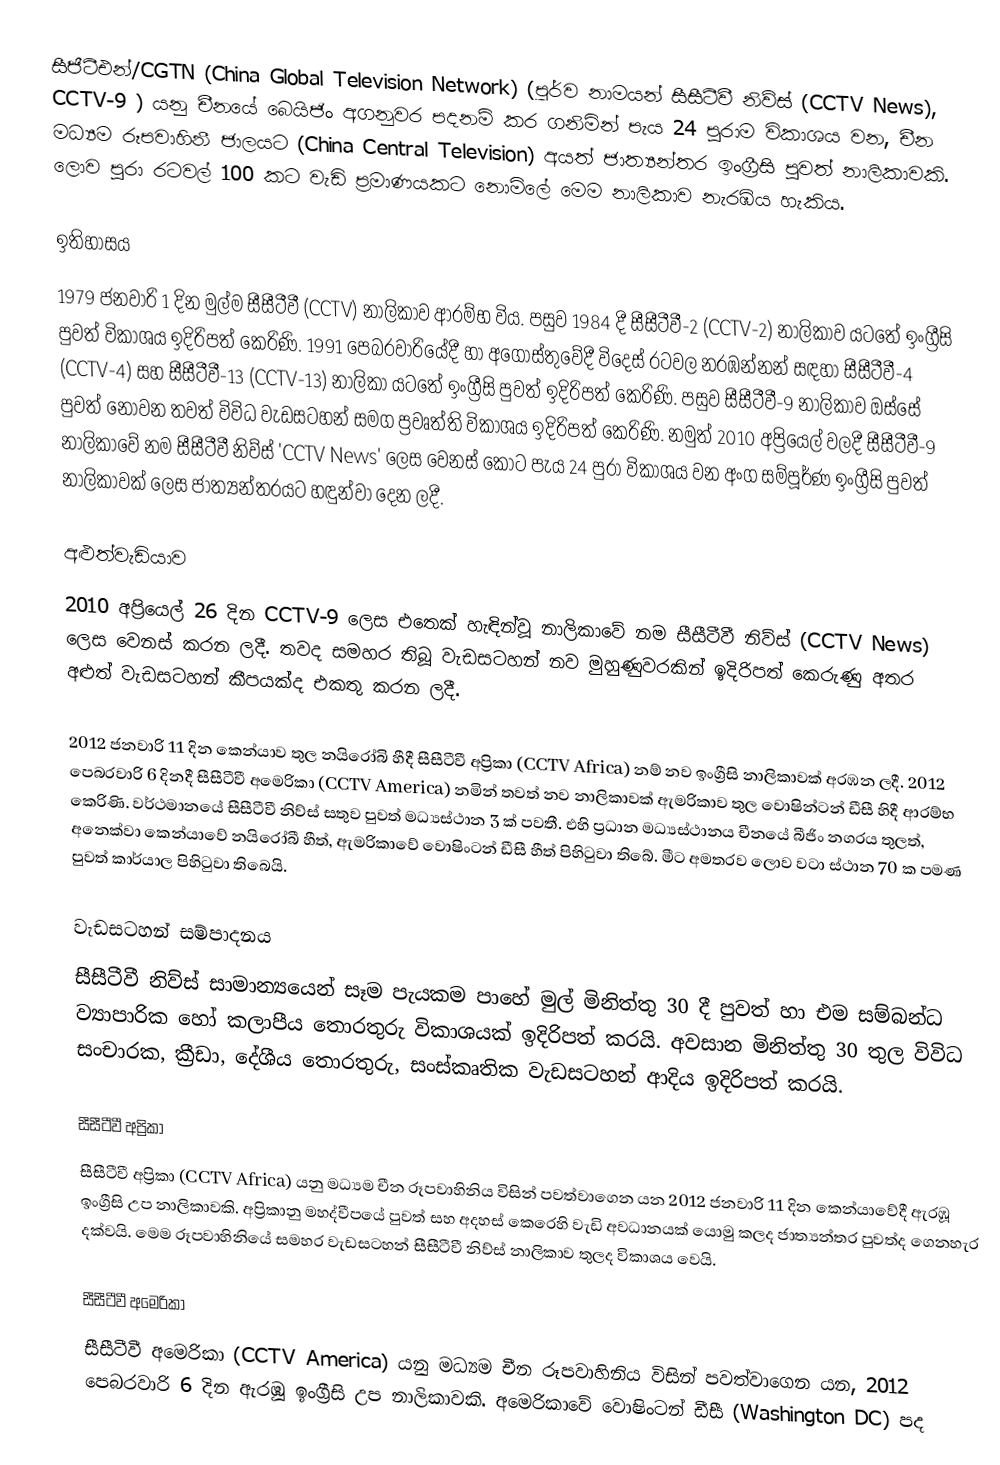
සීජීටීඑන්/CGTN (China Global Television Network) (පූර්ව නාමයන් සීසීටීවී නිව්ස් (CCTV News), CCTV-9 ) යනු චීනයේ බෙයිජිං අගනුවර පදනම් කර ගනිමින් පැය 24 පුරාම විකාශය වන, චීන මධ්‍යම රූපවාහිනී ජාලයට (China Central Television) අයත් ජාත්‍යන්තර ඉංග්‍රීසි පුවත් නාලිකාවකි. ලොව පුරා රටවල් 100 කට වැඩි ප්‍රමාණයකට නොමිලේ මෙම නාලිකාව නැරඹිය හැකිය.

ඉතිහාසය
1979 ජනවාරි 1 දින මුල්ම සීසීටීවී (CCTV) නාලිකාව ආරම්භ විය. පසුව 1984 දී සීසීටීවී-2  (CCTV-2) නාලිකාව යටතේ ඉංග්‍රීසි පුවත් විකාශය ඉදිරිපත් කෙරිණි. 1991 පෙබරවාරියේදී හා අගෝස්තුවේදී විදෙස් රටවල නරඹන්නන් සඳහා සීසීටීවී-4 (CCTV-4) සහ සීසීටීවී-13 (CCTV-13) නාලිකා යටතේ ඉංග්‍රීසි පුවත් ඉදිරිපත් කෙරිණි. පසුව සීසීටීවී-9 නාලිකාව ඔස්සේ පුවත් නොවන තවත් විවිධ වැඩසටහන් සමග ප්‍රවෘත්ති විකාශය ඉදිරිපත් කෙරිණි. නමුත් 2010 අප්‍රියෙල් වලදී සීසීටීවී-9 නාලිකාවේ නම සීසීටීවී නිව්ස් 'CCTV News' ලෙස වෙනස් කොට පැය 24 පුරා විකාශය වන අංග සම්පූර්ණ ඉංග්‍රීසි පුවත් නාලිකාවක් ලෙස ජාත්‍යන්තරයට හඳුන්වා දෙන ලදී.

අළුත්වැඩියාව
2010 අප්‍රියෙල් 26 දින CCTV-9 ලෙස එතෙක් හැඳින්වූ නාලිකාවේ නම සීසීටීවී නිව්ස් (CCTV News) ලෙස වෙනස් කරන ලදී. තවද සමහර තිබූ වැඩසටහන් නව මුහුණුවරකින් ඉදිරිපත් කෙරුණු අතර අළුත් වැඩසටහන් කීපයක්ද එකතු කරන ලදී.

2012 ජනවාරි 11 දින කෙන්යාව තුල නයිරෝබි හීදී සීසීටීවී අප්‍රිකා (CCTV Africa) නම් නව ඉංග්‍රීසි නාලිකාවක් අරඹන ලදී. 2012 පෙබරවාරි 6 දිනදී සීසීටීවී අමෙරිකා (CCTV America) නමින් තවත් නව නාලිකාවක් ඇමරිකාව තුල වොෂින්ටන් ඩීසී හිදී ආරම්භ කෙරිණි. වර්ථමානයේ සීසීටීවී නිව්ස් සතුව පුවත් මධ්‍යස්ථාන 3 ක් පවතී. එහි ප්‍රධාන මධ්‍යස්ථානය චීනයේ බීජිං නගරය තුලත්, අනෙක්වා කෙන්යාවේ නයිරෝබී හීත්, ඇමරිකාවේ වොෂිංටන් ඩීසී හීත් පිහිටුවා තිබේ. මීට අමතරව ලොව වටා ස්ථාන 70 ක පමණ පුවත් කාර්යාල පිහිටුවා තිබෙයි.

වැඩසටහන් සම්පාදනය
සීසීටීවී නිව්ස් සාමාන්‍යයෙන් සෑම පැයකම පාහේ මුල් මිනිත්තු 30 දී පුවත් හා එම සම්බන්ධ ව්‍යාපාරික හෝ කලාපීය තොරතුරු විකාශයක් ඉදිරිපත් කරයි. අවසාන මිනිත්තු 30 තුල විවිධ සංචාරක, ක්‍රීඩා, දේශීය තොරතුරු, සංස්කෘතික වැඩසටහන් ආදිය ඉදිරිපත් කරයි.

සීසීටීවී අප්‍රිකා
සීසීටීවී අප්‍රිකා (CCTV Africa)  යනු මධ්‍යම චීන රූපවාහිනිය විසින් පවත්වාගෙන යන 2012 ජනවාරි 11 දින කෙන්යාවේදී ඇරඹූ  ඉංග්‍රීසි උප නාලිකාවකි. අප්‍රිකානු මහද්වීපයේ පුවත් සහ අදහස් කෙරෙහි වැඩි අවධානයක් යොමු කලද ජාත්‍යන්තර පුවත්ද ගෙනහැර දක්වයි. මෙම රූපවාහිනියේ සමහර වැඩසටහන් සීසීටීවී නිව්ස් නාලිකාව තුලද විකාශය වෙයි.

සීසීටීවී අමෙරිකා
සීසීටීවී අමෙරිකා (CCTV America) යනු මධ්‍යම චීන රූපවාහිනිය විසින් පවත්වාගෙන යන, 2012 පෙබරවාරි 6 දින ඇරඹූ  ඉංග්‍රීසි උප නාලිකාවකි. අමෙරිකාවේ වොෂිංටන් ඩීසී (Washington DC) පද